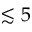
\lesssim 5